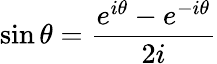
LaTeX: \sin\theta={\frac{e^{i\theta}-e^{-i\theta}}{2i}}